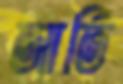
আর্তি